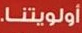
أولويتنا.